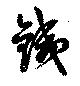
銕